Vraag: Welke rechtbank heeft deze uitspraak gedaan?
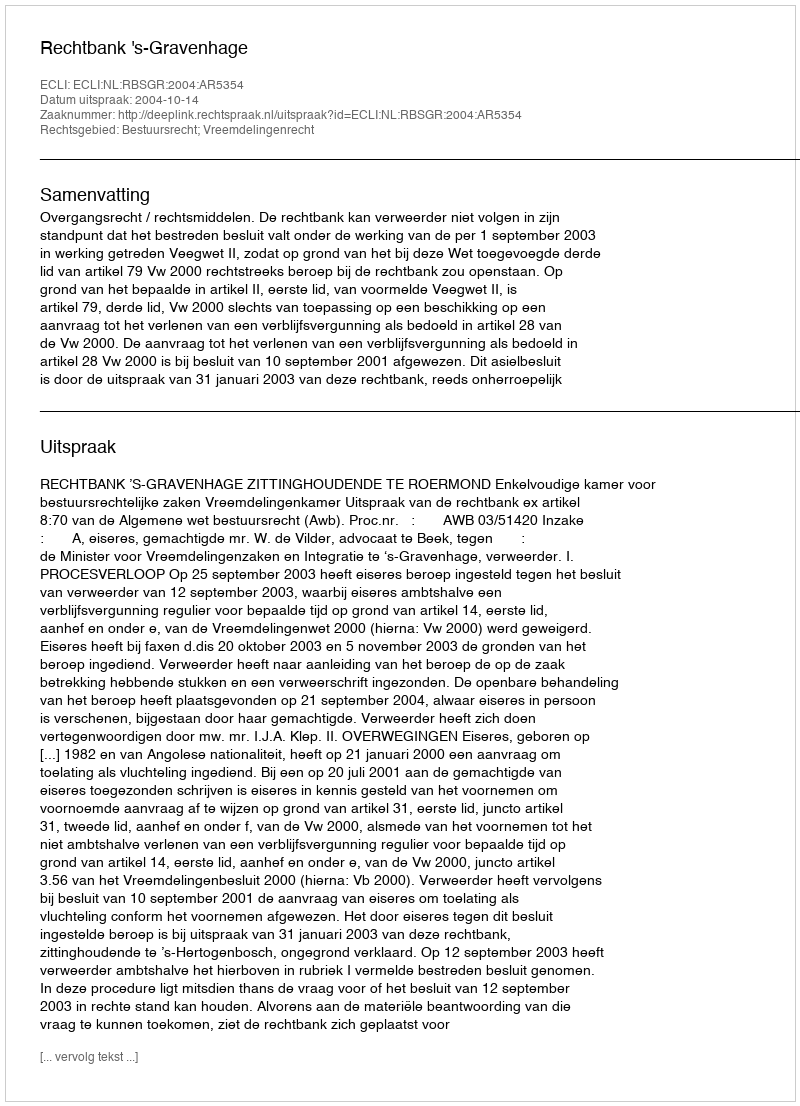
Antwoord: Rechtbank 's-Gravenhage